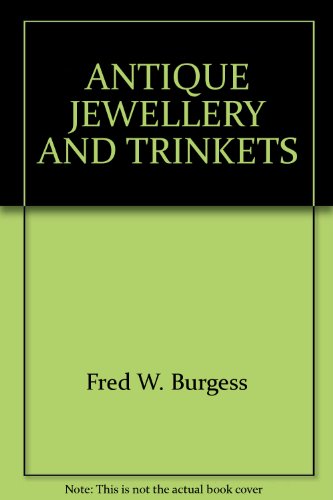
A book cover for Antique jewellery and trinkets [microform] (The home connoisseur series); Fred. W Burgess; Crafts, Hobbies & Home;